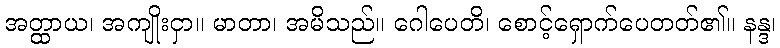
အတ္ထာယ၊ အကျိုးငှာ။ မာတာ၊ အမိသည်။ ဂေါပေတိ၊ စောင့်ရှောက်ပေတတ်၏။ နန္ဒ၊